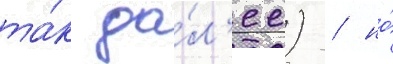
та́к да́л'ее) / но́